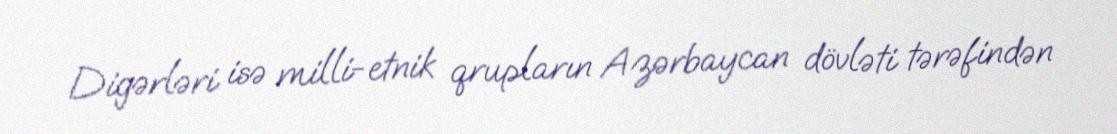
Digərləri isə milli-etnik qrupların Azərbaycan dövləti tərəfindən